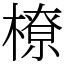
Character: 橑